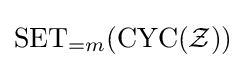
\operatorname {SET} _{=m}(\operatorname {CYC} ({\mathcal {Z}}))